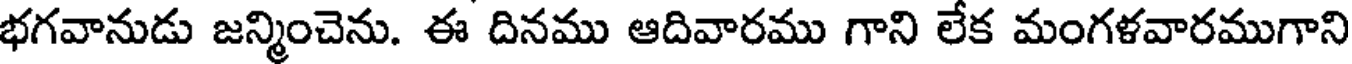
భగవానుడు జన్మించెను. ఈ దినము ఆదివారము గాని లేక మంగళవారముగాని